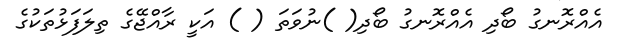
އެއްރޮނގު ބޯދި އެއްރޮނގު ބޯދި( )ނުވަތަ ( ) އަކީ ރާއްޖޭގެ ތިލަފަޅުތަކުގެ